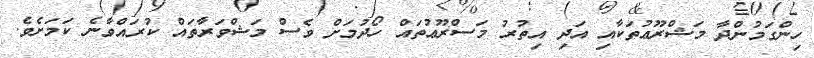
ހިންގަމުންދާ މަޝްރޫޢުތަކާއި އަދި އިތުރު މަސްރޫޢުތައް ހޯދުމަށް ވެސް މަޝްވަރާތައް ކުރައްވާނެ ކަމަށެވެ.